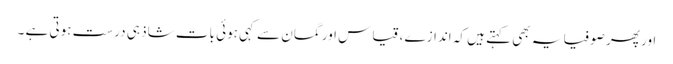
اور پھر صوفیا یہ بھی کہتے ہیں کہ اندازے ، قیاس اور گمان سے کہی ہوئی بات شاذ ہی درست ہوتی ہے ۔